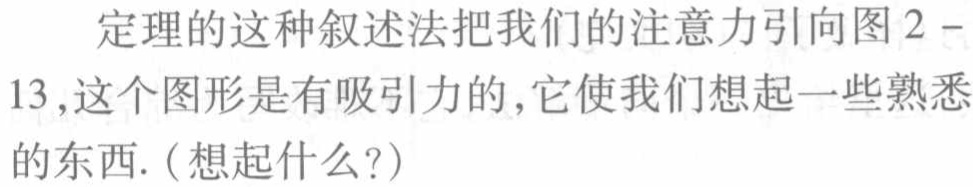
定理的这种叙述法把我们的注意力引向图 2 - 13,这个图形是有吸引力的,它使我们想起一些熟悉的东西.(想起什么?)